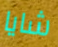
شايا